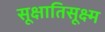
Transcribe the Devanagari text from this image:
सूक्षातिसूक्ष्म